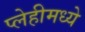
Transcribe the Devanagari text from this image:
प्लेहीमध्ये